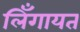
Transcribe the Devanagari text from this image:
लिँगायत